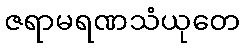
ဇရာမရဏသံယုတေ